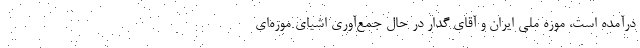
درآمده است، موزه ملی ایران و آقای گدار در حال جمع‌آوری اشیای موزه‌ای